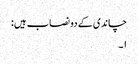
چاندی کے دو نصاب ہیں :
١۔